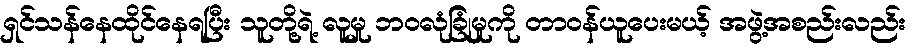
ရှင်သန်နေထိုင်နေရပြီး သူတို့ရဲ့ လူမှု ဘဝလုံခြုံမှုကို တာဝန်ယူပေးမယ့် အဖွဲ့အစည်းလည်း